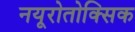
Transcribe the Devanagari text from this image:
नयूरोतोक्सिक